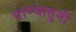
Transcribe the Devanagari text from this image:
पाण्यातुनी